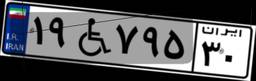
۴۳W۶۶۱۵۷